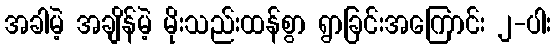
အခါမဲ့ အချိန်မဲ့ မိုးသည်းထန်စွာ ရွာခြင်းအကြောင်း ၂-ပါး